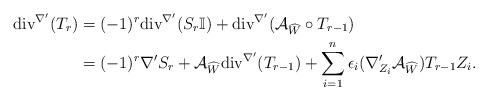
LaTeX: \begin{align*} \mathrm{div}^{\nabla'}(T_{r})&=(-1)^{r}\mathrm{div}^{\nabla'}(S_{r}\mathbb{I})+\mathrm{div}^{\nabla'}(\mathcal{A}_{\widehat{W}}\circ T_{r-1})\\ &=(-1)^{r}\nabla'S_{r}+\mathcal{A}_{\widehat{W}}\mathrm{div}^{\nabla'}(T_{r-1})+\sum_{i=1}^{n}\epsilon_{i}(\nabla'_{Z_{i}}\mathcal{A}_{\widehat{W}})T_{r-1}Z_{i}. \end{align*}